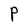
Character: P